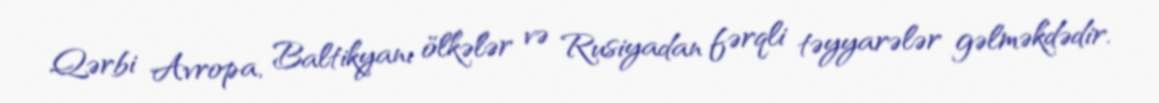
Qərbi Avropa, Baltikyanı ölkələr və Rusiyadan fərqli təyyarələr gəlməkdədir.